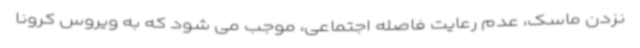
نزدن ماسک، عدم رعایت فاصله اجتماعی، موجب می شود که به ویروس کرونا